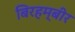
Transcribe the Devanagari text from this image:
बिरहम्बीर